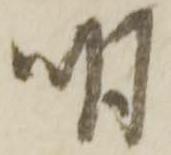
明